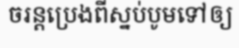
ចរន្តប្រេងពីស្នប់បូមទៅឲ្យ